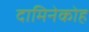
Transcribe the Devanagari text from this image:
दामिनेकोह